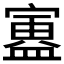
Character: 𫴃